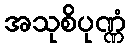
အသုစိပုဏ္ဏံ